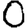
Digit: 0